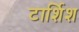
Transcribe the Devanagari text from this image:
टार्शिश